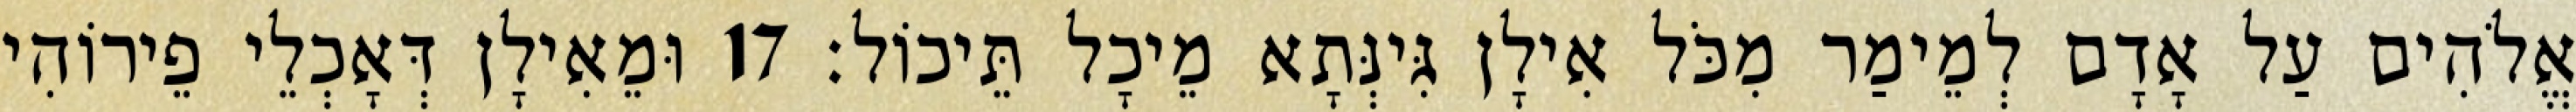
אֱלֹהִים עַל אָדָם לְמֵימַר מִכֹּל אִילָן גִּינְּתָא מֵיכָל תֵּיכוֹל׃ 17 וּמֵאִילָן דְּאָכְלֵי פֵירוֹהִי